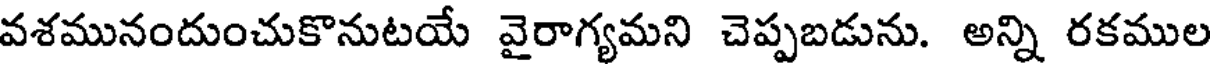
వశమునందుంచుకొనుటయే వైరాగ్యమని చెప్పబడును. అన్ని రకముల